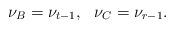
LaTeX: \begin{align*} \nu_B = \nu_{t-1}, \ \ \nu_C = \nu_{r-1}.\end{align*}